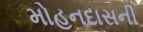
મોહનદાસની